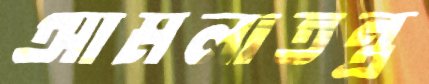
আমলাতন্ত্র